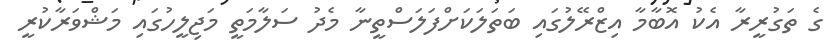
ގެ ތަގުރީރާ އެކު އޮބާމާ އިޒްރޭލުގައި ބަތަލަކަށްފަލަސްތީނާ މެދު ސަލާމަތީ މަޖިލީހުގައި މަޝްވަރާކުރީ